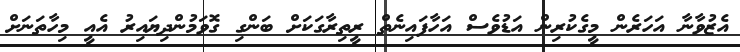
އެޒުވާނާ އަހަރެން މީގެކުރިން އަޑުވެސް އަހާފައިނެތް ރީތިރާގަކަށް ބަންގި ގޮވަމުންދިޔައިރު އެއީ މިހާތަނަށް